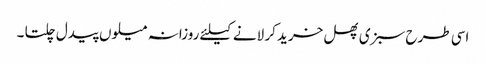
اسی طرح سبزی پھل خرید کر لانے کیلئے روزانہ میلوں پیدل چلتا ۔